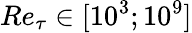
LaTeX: Re_{\tau}\in[10^{3};10^{9}]